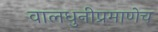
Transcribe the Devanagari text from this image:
वालधुनीप्रमाणेच